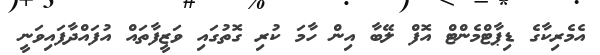
އެމެރިކާގެ ޑިޕާޓްމެންޓް އޮފް ލޭބާ އިން ހާމަ ކުރި ގޮތުގައި ވަޒީފާތައް އުފައްދާފައިވަނީ